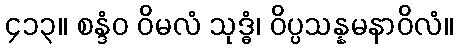
၄၁၃။ စန္ဒံဝ ဝိမလံ သုဒ္ဓံ၊ ဝိပ္ပသန္နမနာဝိလံ။